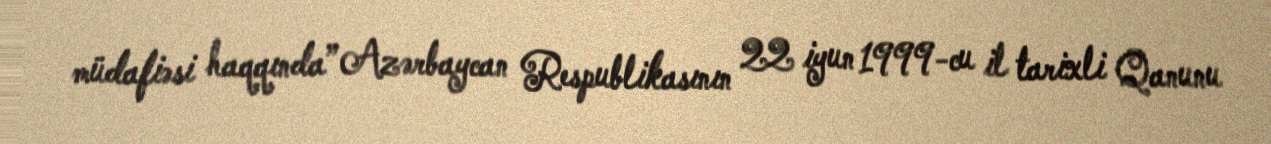
müdafiəsi haqqında” Azərbaycan Respublikasının 22 iyun 1999-cu il tarixli Qanunu